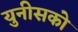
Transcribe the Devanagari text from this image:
युनीसको